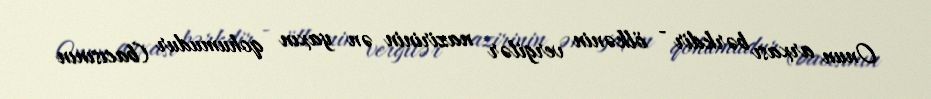
Onun arxası bərkdir - ölkənin vergilər nazirinin ən yaxın qohumudur (bacısının